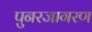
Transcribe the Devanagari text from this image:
पुनरजागरण